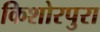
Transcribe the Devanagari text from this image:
किशोरपुरा